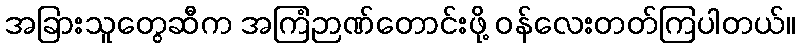
အခြားသူတွေဆီက အကြံဉာဏ်တောင်းဖို့ ဝန်လေးတတ်ကြပါတယ်။